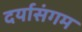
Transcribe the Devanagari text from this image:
दर्यासंगम